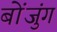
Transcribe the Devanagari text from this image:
बोंजुंग